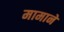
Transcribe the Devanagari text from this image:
मामाने